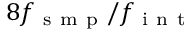
8 f _ { \mathrm { ~ s ~ m ~ p ~ } } / f _ { \mathrm { ~ i ~ n ~ t ~ } }